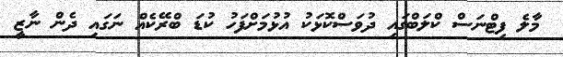
މާލެ ފިޓްނަސް ކްލަބްގައި ދުވަސްކޮޅަކު އުޅުމަށްފަހު ކުޑަ ބްރޭކެއް ނަގައި ދެން ނާޒީ